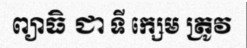
ព្យាធិ ជា ទី ក្សេម ត្រូវ